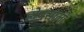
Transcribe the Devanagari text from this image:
होयसालों